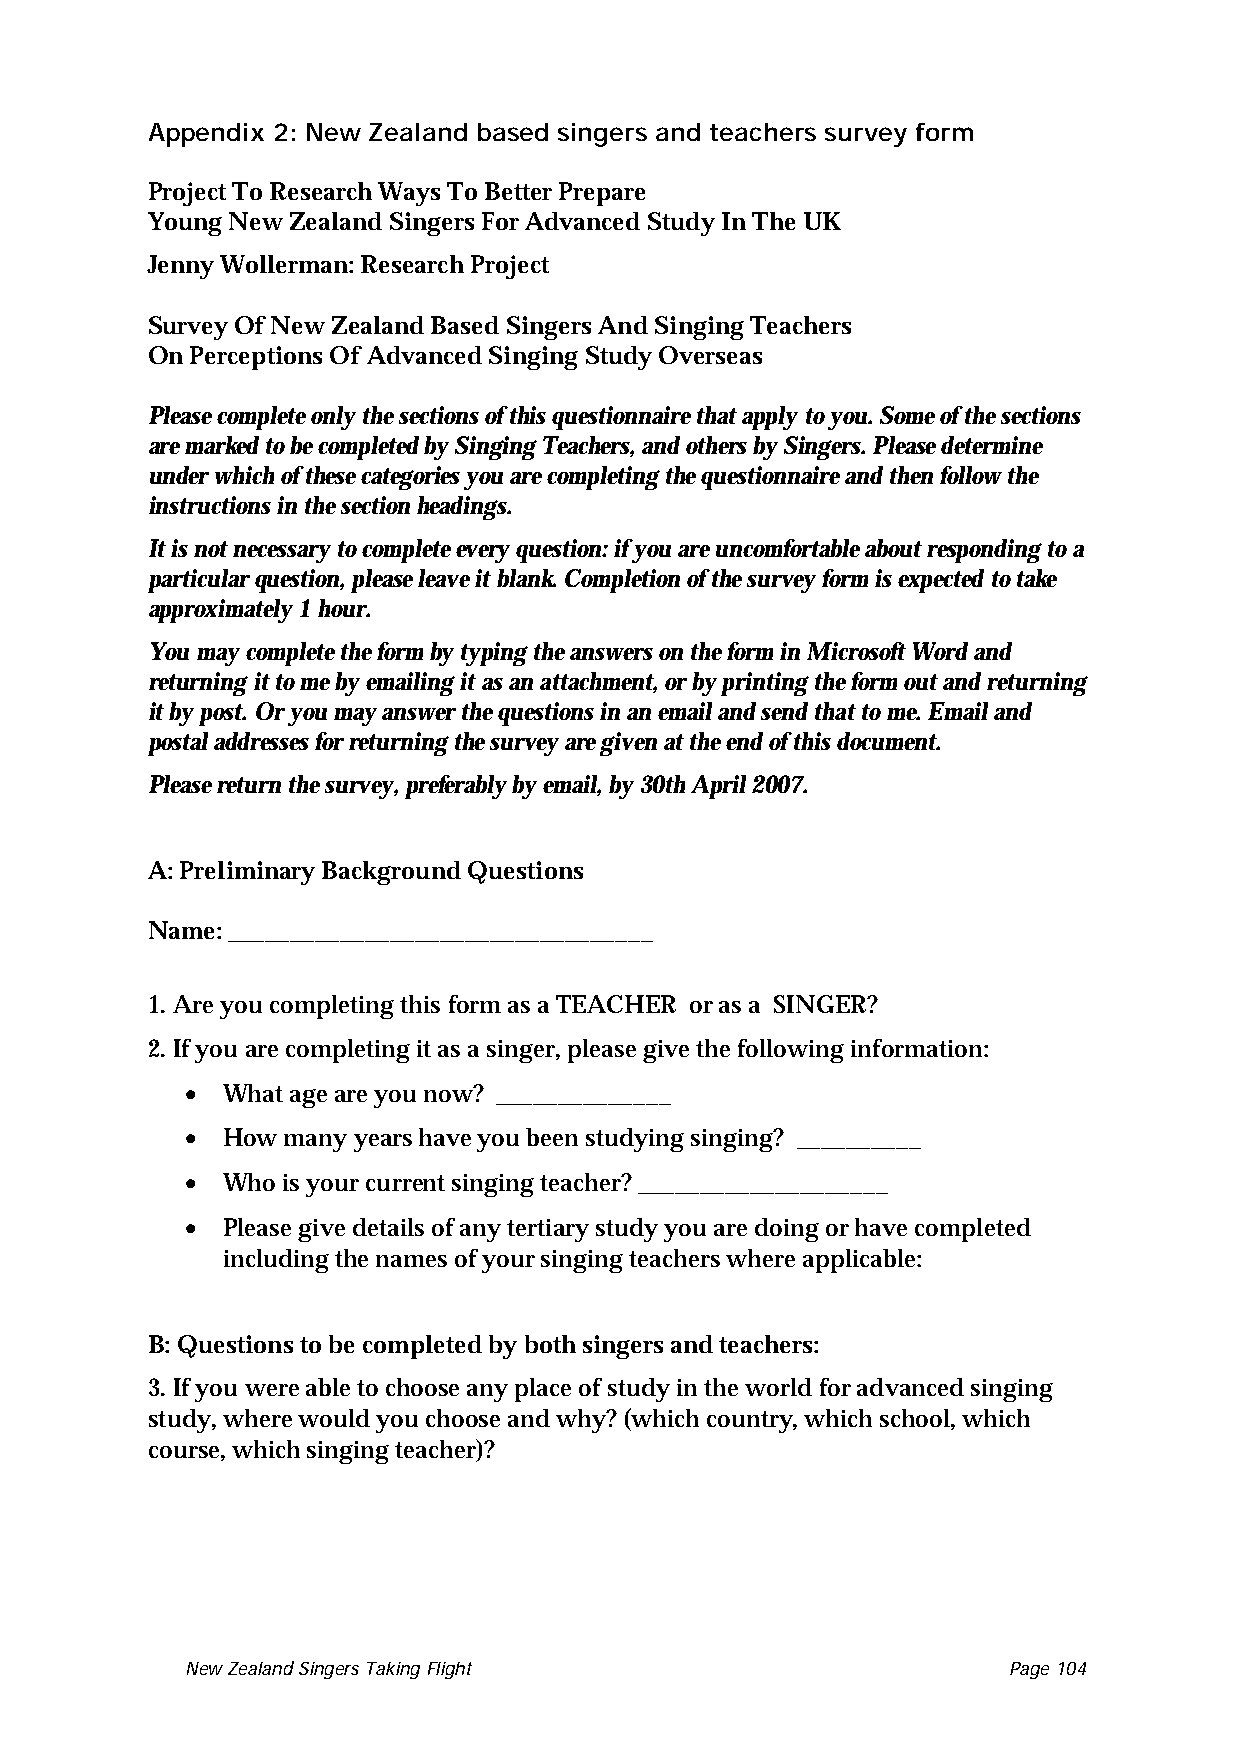
Appendix 2: New Zealand based singers and teachers survey form
 Project To Research Ways To Better Prepare
 Young New Zealand Singers For Advanced Study In The UK
 Jenny Wollerman: Research Project
 Survey Of New Zealand Based Singers And Singing Teachers
 On Perceptions Of Advanced Singing Study Overseas
 Please complete only the sections of this questionnaire that apply to you. Some of the sections
 are marked to be completed by Singing Teachers, and others by Singers. Please determine
 under which of these categories you are completing the questionnaire and then follow the
 instructions in the section headings.
 It is not necessary to complete every question: if you are uncomfortable about responding to a
 particular question, please leave it blank. Completion of the survey form is expected to take
 approximately 1 hour.
 You may complete the form by typing the answers on the form in Microsoft Word and
 returning it to me by emailing it as an attachment, or by printing the form out and returning
 it by post. Or you may answer the questions in an email and send that to me. Email and
 postal addresses for returning the survey are given at the end of this document.
 Please return the survey, preferably by email, by 30th April 2007.
 A: Preliminary Background Questions
 Name: __________________________________
 1. Are you completing this form as a TEACHER or as a SINGER?
 2. If you are completing it as a singer, please give the following information:
 •
 What age are you now? ______________
 •
 How many years have you been studying singing? __________
 •
 Who is your current singing teacher? ____________________
 •
 Please give details of any tertiary study you are doing or have completed
 including the names of your singing teachers where applicable:
 B: Questions to be completed by both singers and teachers:
 3. If you were able to choose any place of study in the world for advanced singing
 study, where would you choose and why? (which country, which school, which
 course, which singing teacher)?
 New Zealand Singers Taking Flight Page 104